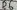
Text: D6